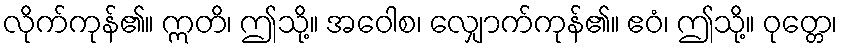
လိုက်ကုန်၏။ ဣတိ၊ ဤသို့။ အဝေါစ၊ လျှောက်ကုန်၏။ ဧဝံ၊ ဤသို့။ ဝုတ္တေ၊